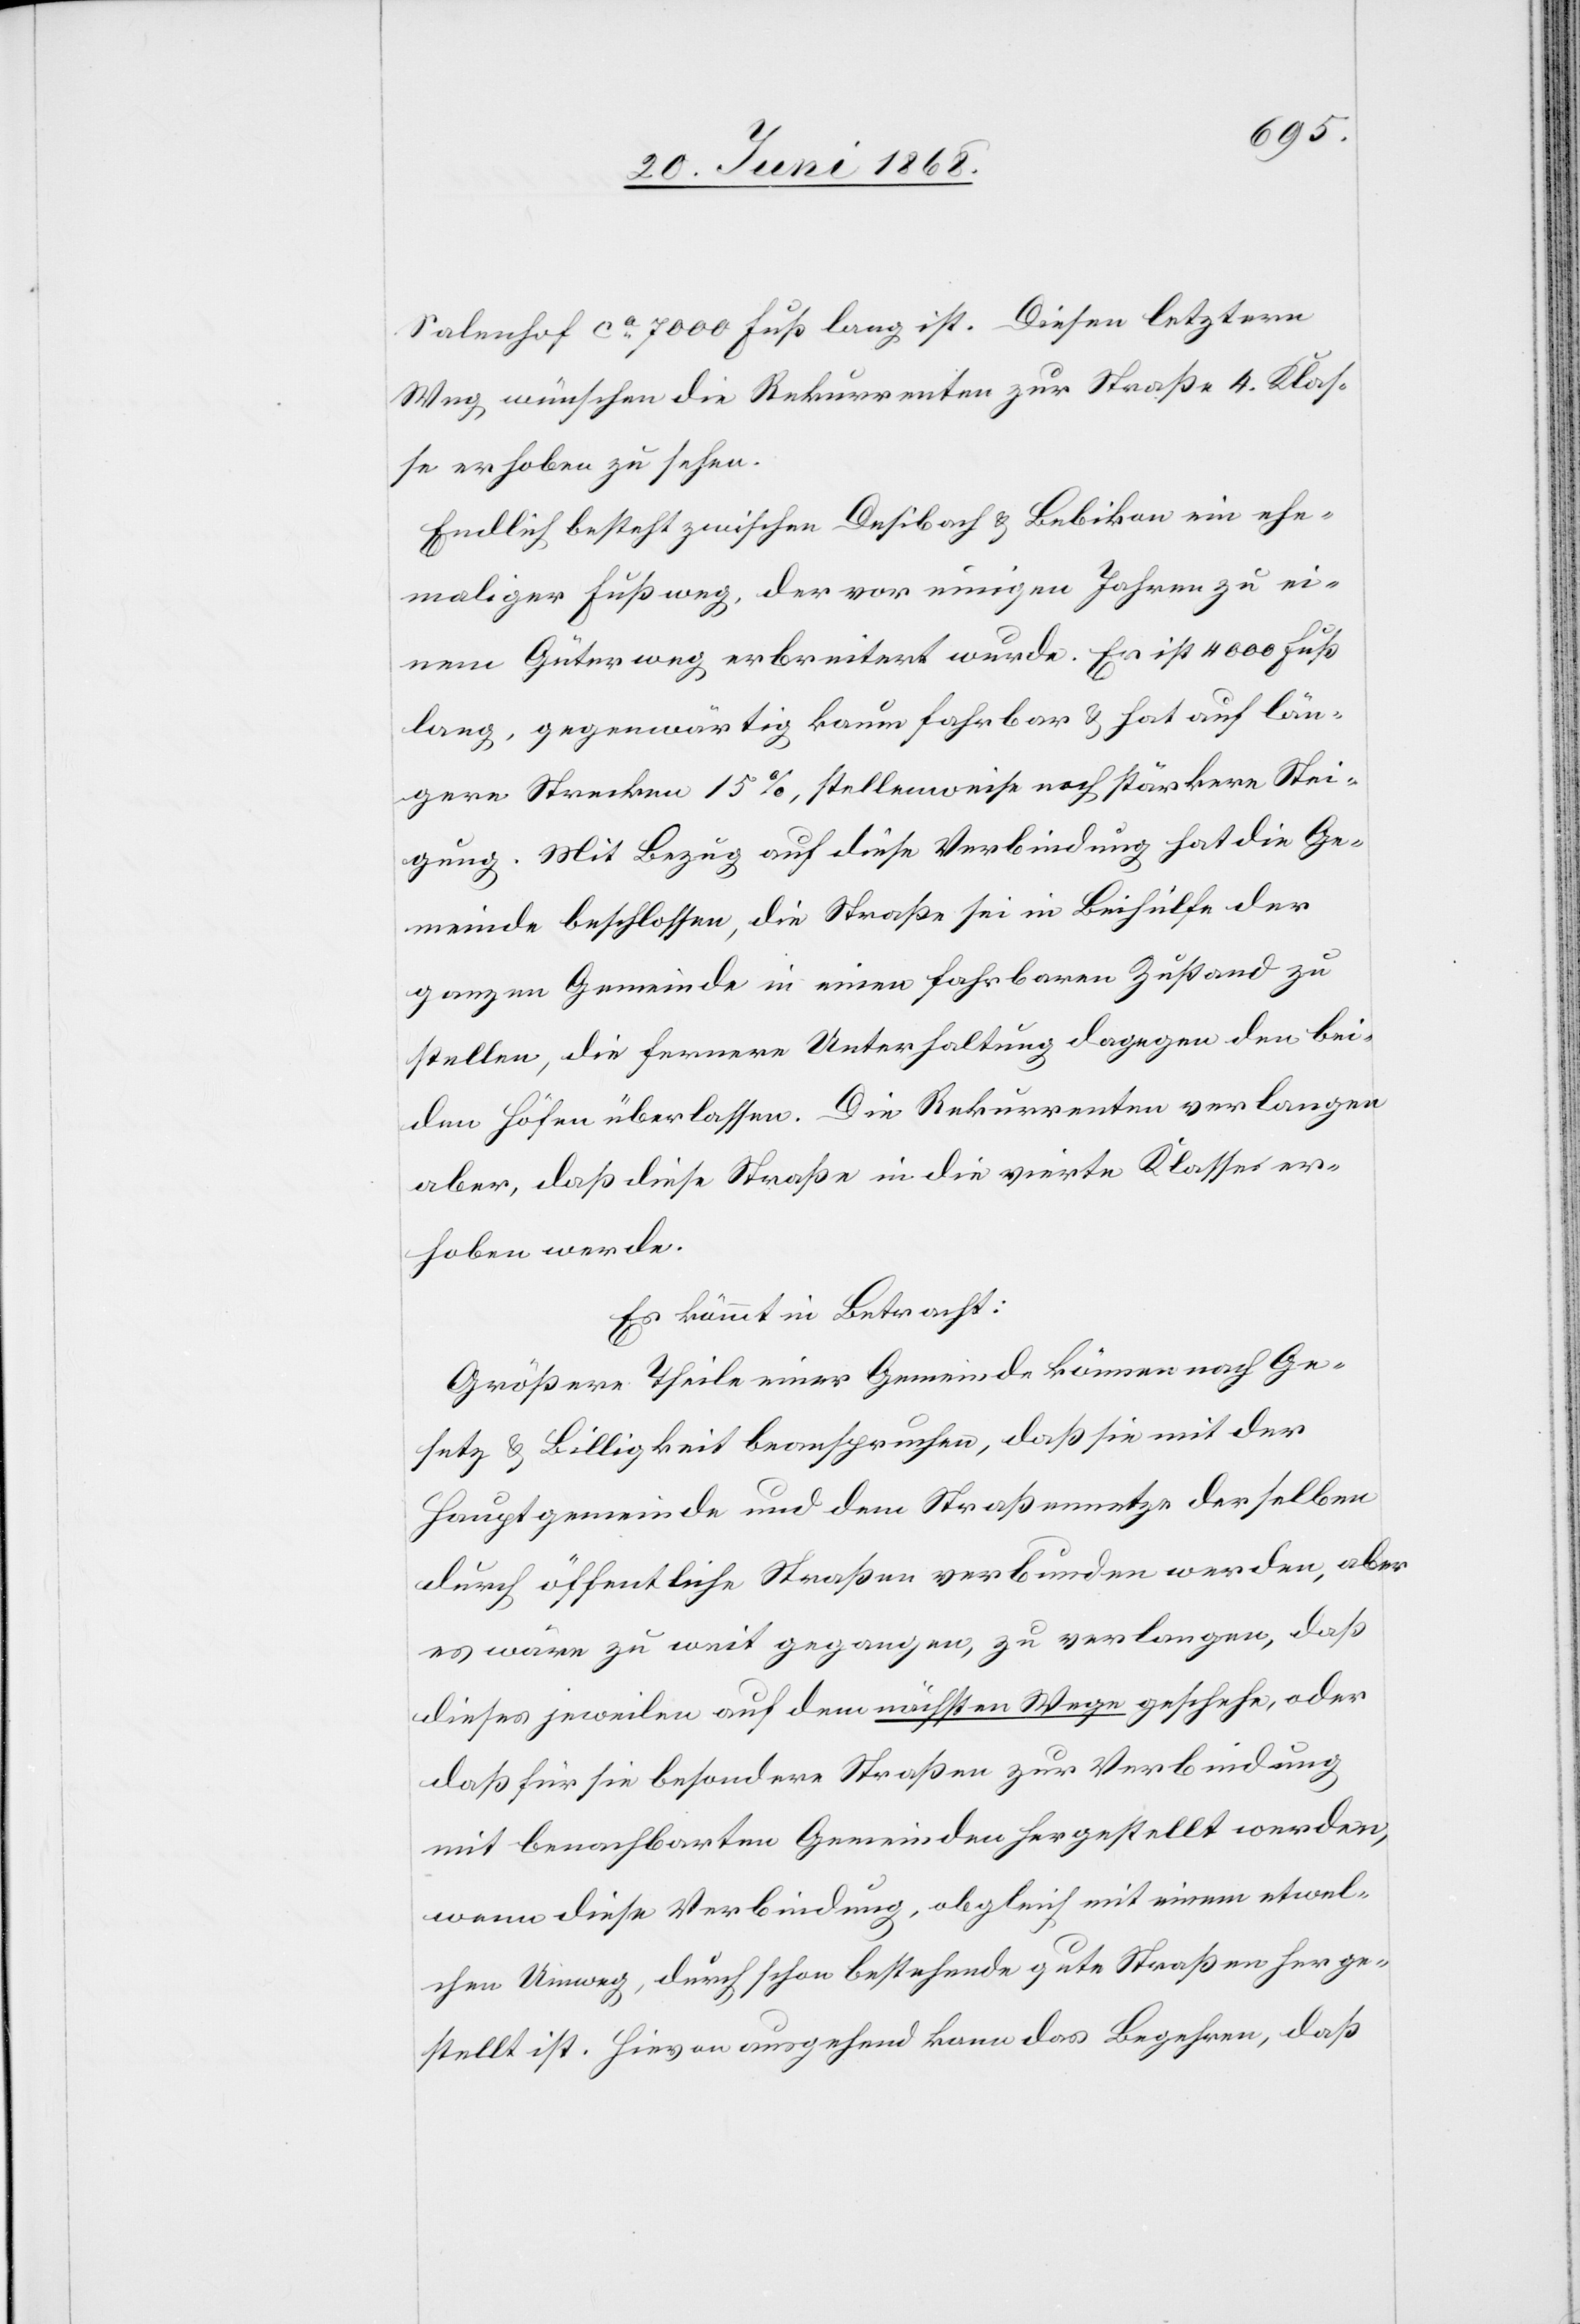
Salenhof ca. 7000 Fuß lang ist. Diesen letztern
Weg wünschen die Rekurrenten zur Straße 4. Klas¬
se erhoben zu sehen.
Endlich besteht zwischen Desibach & Bebikon ein ehe¬
maliger Fußweg, der vor einigen Jahren zu ei¬
nem Güterweg erbreitert wurde. Er ist 4000 Fuß
lang, gegenwärtig kaum fahrbar & hat auf län¬
gere Strecken 15%, stellenweise noch stärkere Stei¬
gung. Mit Bezug auf diese Verbindung hat die Ge¬
meinde beschlossen, die Straße sei in Beihülfe der
ganzen Gemeinde in einen fahrbaren Zustand zu
stellen, die fernere Unterhaltung dagegen den bei¬
den Höfen überlassen. Die Rekurrenten verlangen
aber, daß diese Straße in die vierte Klasse er¬
hoben werde.
Es kömmt in Betracht:
Größere Theile einer Gemeinde können nach Ge¬
setz & Billigkeit beanspruchen, daß sie mit der
Hauptgemeinde und dem Straßennetze derselben
durch öffentliche Straßen verbunden werden, aber
es wäre zu weit gegangen, zu verlangen, daß
dieses jeweilen auf dem nächsten Wege geschehe, oder
daß für sie besondere Straßen zur Verbindung
mit benachbarten Gemeinden hergestellt werden,
wenn diese Verbindung, obgleich mit einem etwel¬
chen Umweg, durch schon bestehende gute Straßen herge¬
stellt ist. Hievon ausgehend kann das Begehren, daß